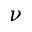
\nu